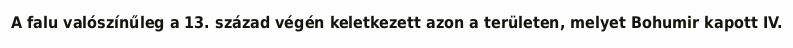
A falu valószínűleg a 13. század végén keletkezett azon a területen, melyet Bohumir kapott IV.